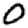
Digit: 0